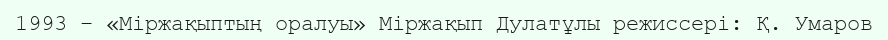
1993 – «Міржақыптың оралуы» Міржақып Дулатұлы режиссері: Қ. Умаров